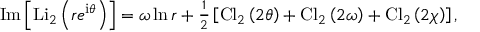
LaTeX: \mathrm { I m } \left[ \mathrm { L i } _ { 2 } \left( r e ^ { { \mathrm { \scriptsize { i } } } \theta } \right) \right] = \omega \ln r + { \textstyle { \frac { 1 } { 2 } } } \left[ \mathrm { C l } _ { 2 } \left( 2 \theta \right) + \mathrm { C l } _ { 2 } \left( 2 \omega \right) + \mathrm { C l } _ { 2 } \left( 2 \chi \right) \right] ,